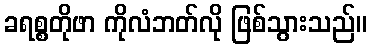
ခရစ္စတိုဖာ ကိုလံဘတ်လို ဖြစ်သွားသည်။